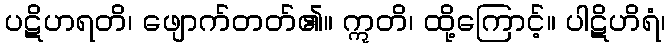
ပဋိဟရတိ၊ ဖျောက်တတ်၏။ ဣတိ၊ ထို့ကြောင့်။ ပါဋိဟိရံ၊